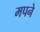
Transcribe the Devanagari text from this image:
मपने